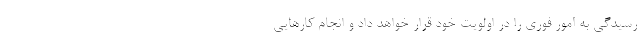
رسیدگی به امور فوری را در اولویت خود قرار خواهد داد و انجام کارهایی